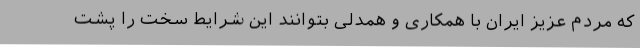
که مردم عزیز ایران با همکاری و همدلی بتوانند این شرایط سخت را پشت